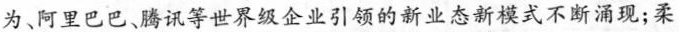
为、阿里巴巴、腾讯等世界级企业引领的新业态新模式不断涌现；柔